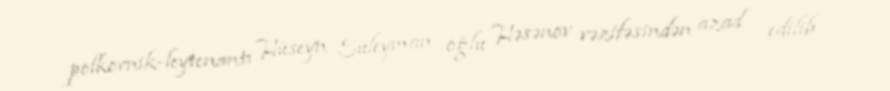
polkovnik-leytenantı Hüseyn Süleyman oğlu Həsənov vəzifəsindən azad edilib.